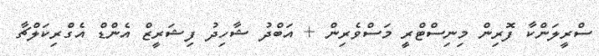
ސްރީލަންކާ ފޮރިން މިނިސްޓްރީ މަސްވެރިން + އަބްދު ޝާހިދު ފިޝަރީޒް އެންޑް އެގްރިކަލްޗާ